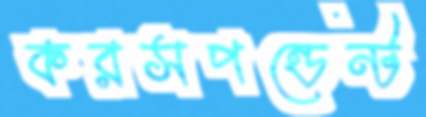
করসপন্ডেন্ট